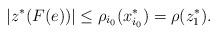
LaTeX: \begin{align*}|z^* (F(e))| \leq \rho_{i_0} (x_{i_0}^*) = \rho(z_1^*).\end{align*}